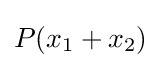
P(x_{1}+x_{2})